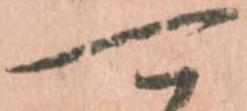
可